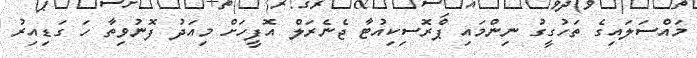
މައްސަލައިގެ ތަހުގީގު ނިންމައި ޕްރޮސިކިއުޓާ ޖެނެރަލް އޮފީހަށް މިއަދު ފޮނުވިތާ ހަ ގަޑިއިރު